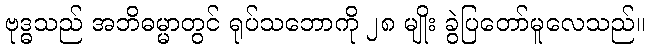
ဗုဒ္ဓသည် အဘိဓမ္မာတွင် ရုပ်သဘောကို ၂၈ မျိုး ခွဲပြတော်မူလေသည်။